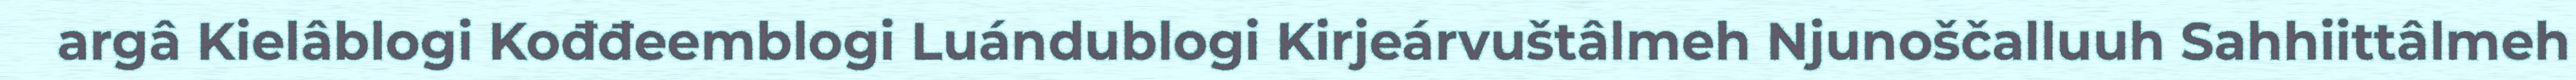
argâ Kielâblogi Kođđeemblogi Luándublogi Kirjeárvuštâlmeh Njunoščalluuh Sahhiittâlmeh